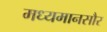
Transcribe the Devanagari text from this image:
मध्यमानसौर